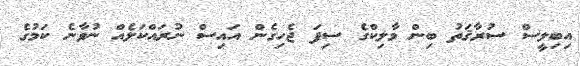
އިބިލީސް ސުރާޤަތު ބިން މާލިކްގެ ސިފަ ޖެހިގެން އައިސް ނުރައްކަލެއް ނުވާނެ ކަމުގެ